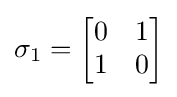
\sigma _{1}={\begin{bmatrix}0&1\\1&0\end{bmatrix}}